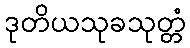
ဒုတိယသုခသုတ္တံ